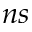
n s